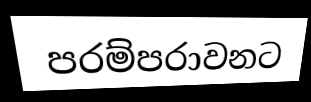
පරම්පරාවනට